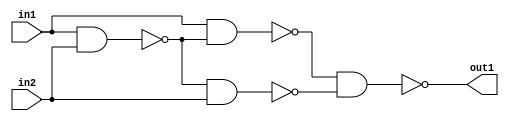
module combo(out1, in1, in2);
   output out1;
   input  in1;
   input  in2;

   wire   w1, w2, w3;

   nand nand1 (w1, in1, in2);
   nand nand2 (w2, in1, w1);
   nand nand3 (w3, w1, in2);
   nand nand4 (out1, w2, w3);

endmodule // combo